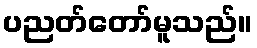
ပညတ်တော်မူသည်။